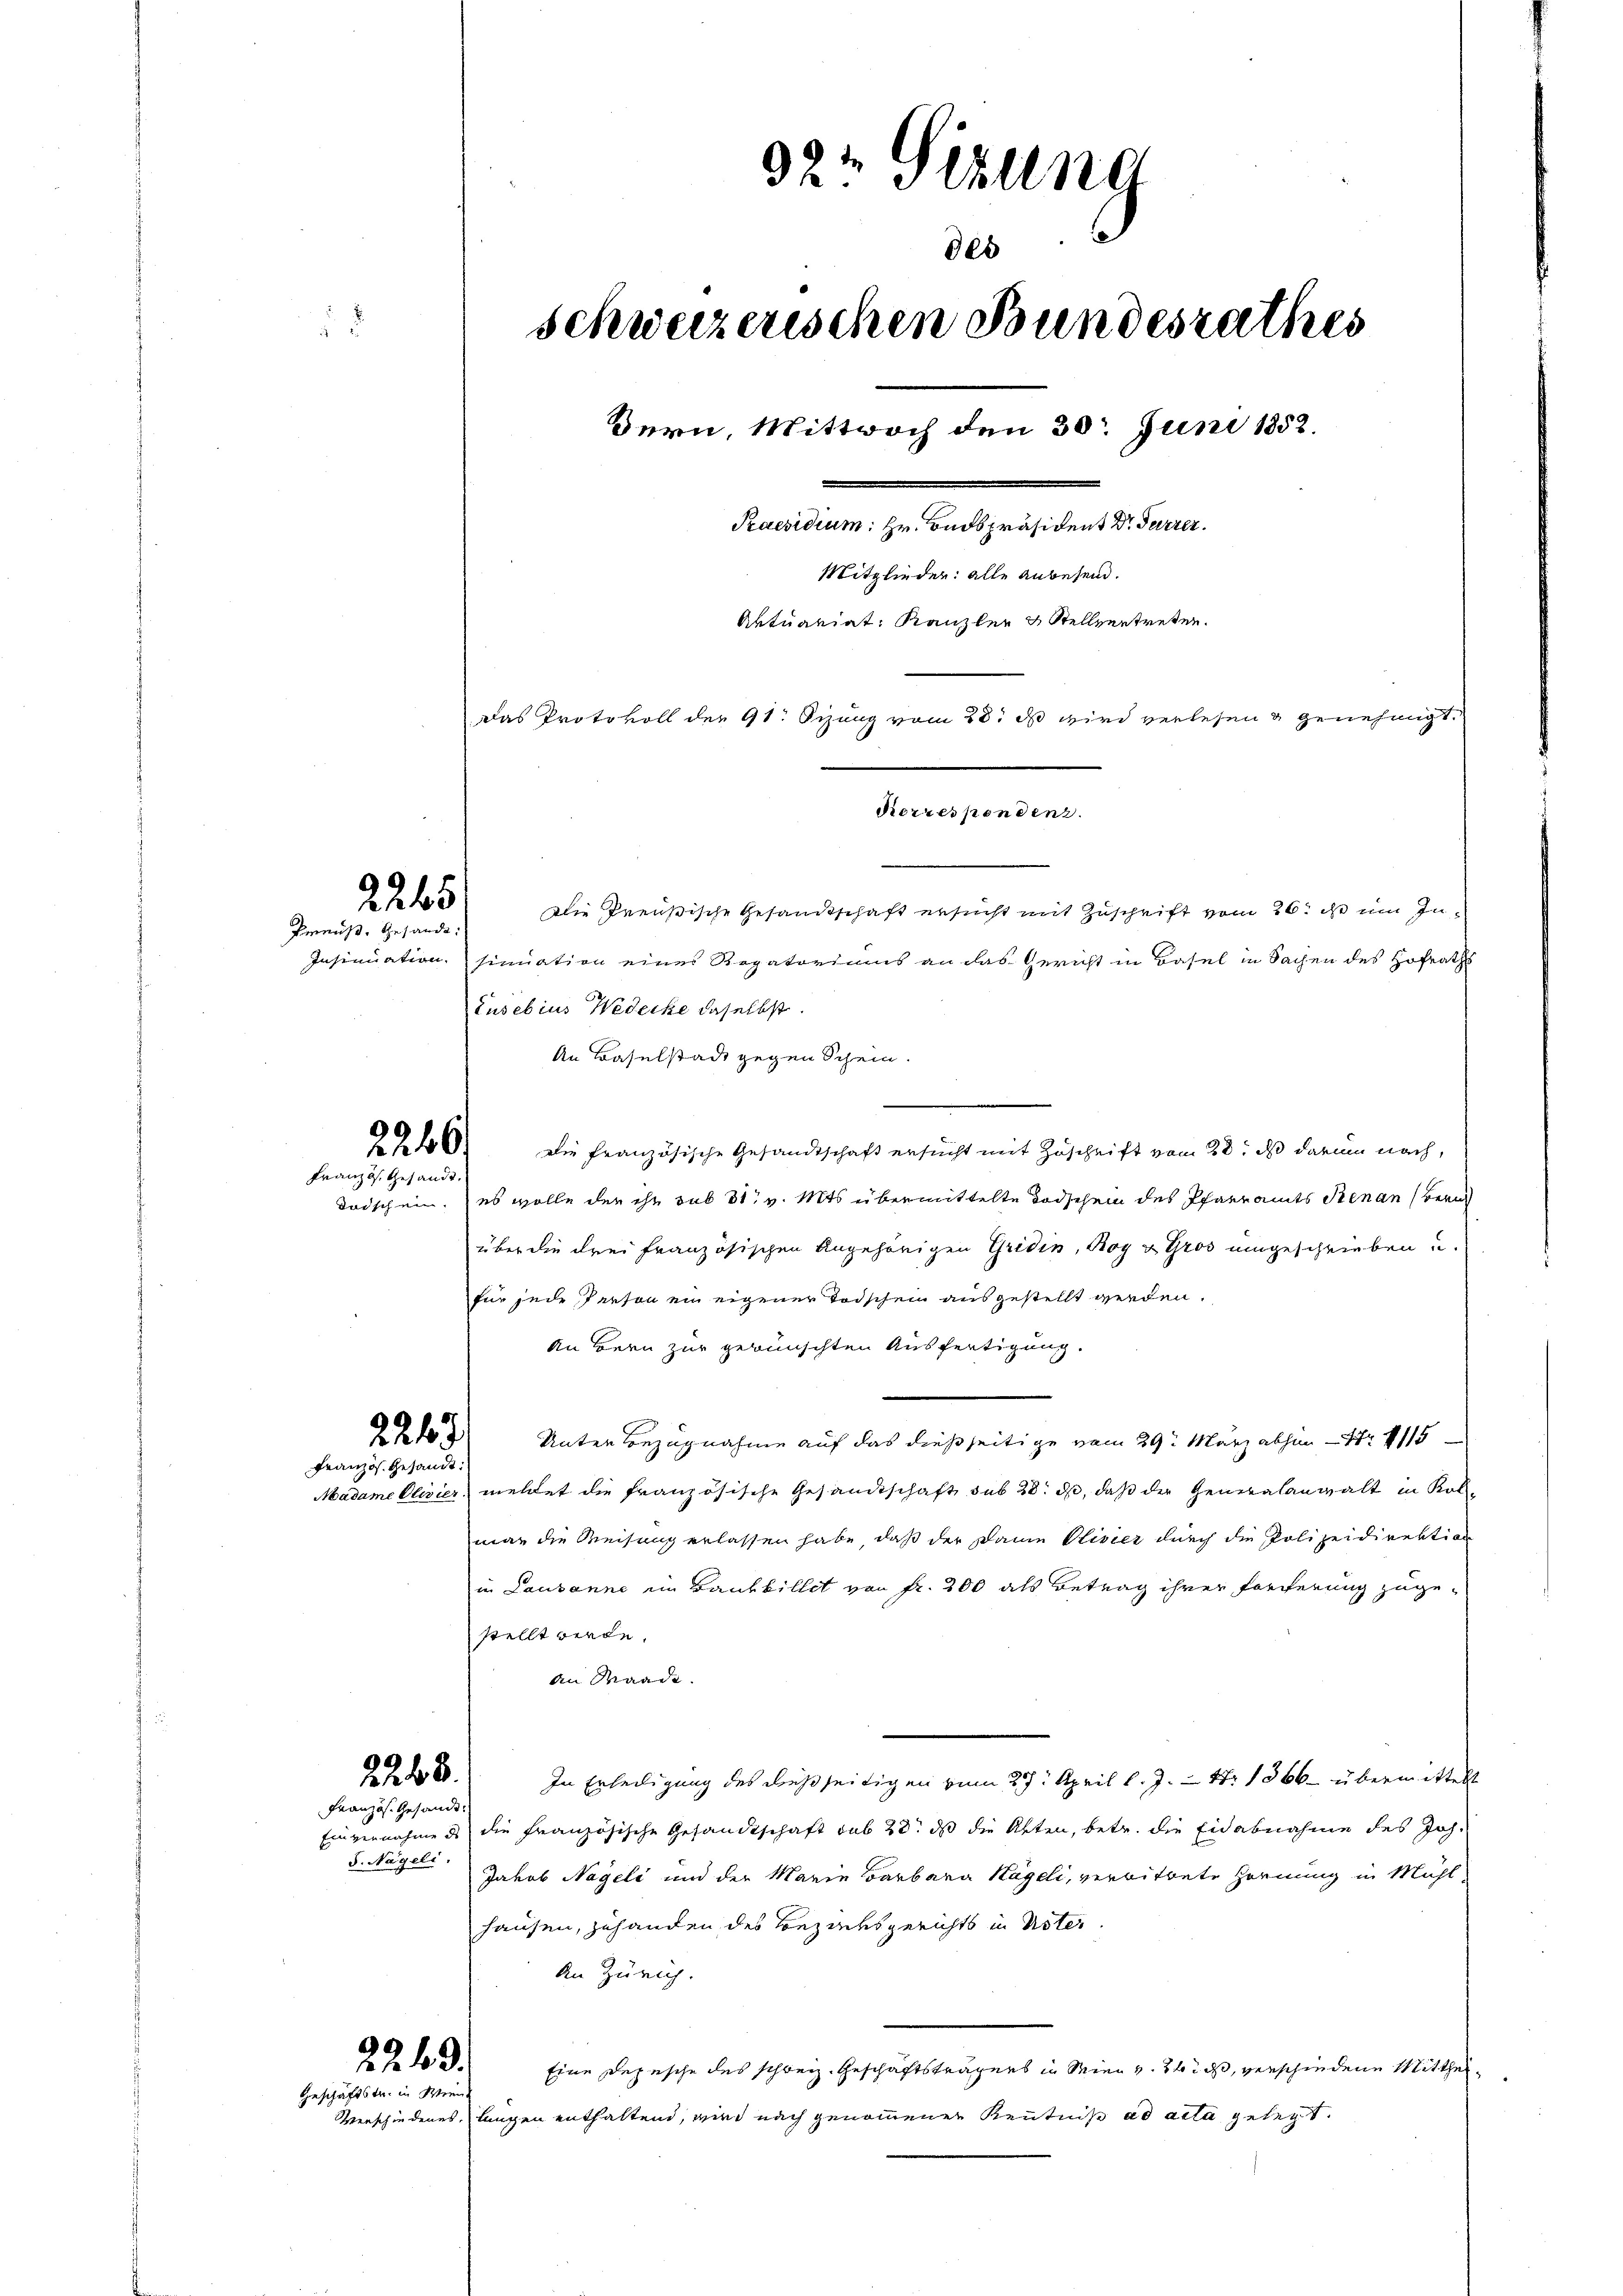
Französ. Gesandt:

Französ. Gesandt
S. Nägeli.

92 Sizung
des
schweizerischen Bundesrathes
u
Bern, Mittwoch den 30. Juni 1858.
Praesidium: Hr. Badspräsident Dr. Furrer.
Mitglieder: alle Anwesend.
Aktuariat Kanzler & Stellentreten.
Das Protokoll der 91. Sizung vom 28. ds wird verlesen & genehmigt.
Korrespondenz.
2265
Die Preußische Gesandtschaft ersucht mit Zuschrift vom 26. ds um In¬
Preuß. Gesandt:
Insinuationsinuation eines Rogatoriums an das Gericht in Basel in Sachen des Hofraths

Französ. Gesandt.

daisch ein.

246.

Lusebius Wedecke daselbst.
An Baselstadt gegen Schein.

2246. Die französische Gesandtschaft ersŭcht mit Zŭschrift vom 28. ds darum nach,
es wolle der ihr sub 31. v. Mts übermittelte Todschein des Pfarramts Stenan Zürich
über die drei französischen Angehörigen Gridin, Rog u. Gros umgeschrieben u.
für jede Person ein eigener Todschein ausgestellt werden.
An Bern zur gewünschten Ausfertigung.
22) Unter Bezugnahme auf das dießseitige vom 29. März abhin - Nr 1115—
Madame Clivier meldet die französische Gesandschaft sub 28. ds, daß der Generalanwalt in Kol-
man die Weisung erlassen habe, daß der Dame Olivier durch die Polizeidirektion
in Lausanne im Bausbillet von Fr. 200 als Betrag ihrer Forcherung zugestellt werde.
an Baade.
In Erheiligung des desseitigen vom 27. April l. J. – Nr 1566 – übermittelt
Einvernahme des die französische Gesandtschaft sub 23. ds die Akten, betr. die Eidabnahme des Joh.
Jakob Nageli und der Marie Barbara Kägeli, verbitrete Hornung in Mühl
hausen, zuhanden des Bezacksgerichts in Uster
An Zürich.
Eine Depesche des schweiz. Geschäftsträgers in Wien u. ich, verschiedene Mitthei¬
Verschiedenes, langen enthaltend, wird nach genommenen Kenntniß ad acta gelegt.

2263.
Geschäftstr. in Wenn